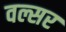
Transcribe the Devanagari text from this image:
वल्सर